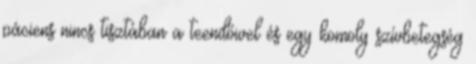
páciens nincs tisztában a teendőivel és egy komoly szívbetegség